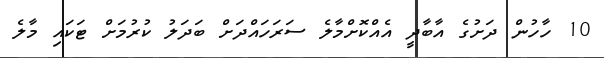
10 ހާހުން ދަށުގެ އާބާދީ އެއްކޮށްމާލެ ސަރަހައްދަށް ބަދަލު ކުުރުމަށް ޓަކައި މާލެ